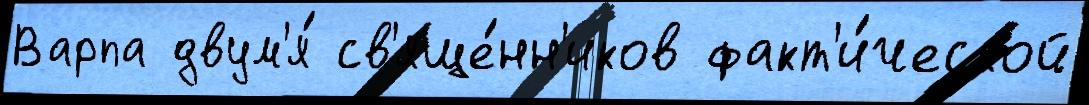
Варпа двум'я́ св'яще́нн'иков факт'и́ческой